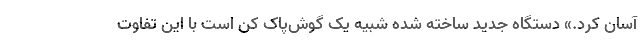
آسان کرد.» دستگاه جدید ساخته شده شبیه یک گوش‌پاک کن است با این تفاوت